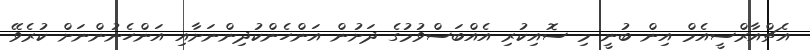
އެޗްއާރްސީއެމް އިން ބުނީ މި ސޮއިކުރި އެއްބަސްވުމުގެ ދަށުން އަންހެންކުދިންނަށާއި އަންހެނުންނަށް ކުރެވޭ